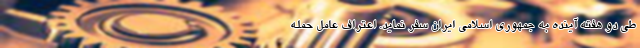
طی دو هفته آینده به جمهوری اسلامی ایران سفر نماید. اعتراف عامل حمله